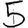
Digit: 5